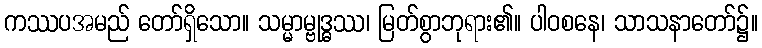
ကဿပအမည် တော်ရှိသော။ သမ္မာမ္ဗုဒ္ဓဿ၊ မြတ်စွာဘုရား၏။ ပါဝစနေ၊ သာသနာတော်၌။